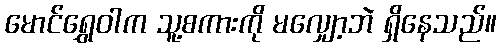
မောင်ရွှေဝါက သူ့စကားကို မလျှော့ဘဲ ရှိနေသည်။